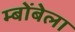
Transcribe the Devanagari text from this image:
म्बोंबेला